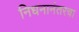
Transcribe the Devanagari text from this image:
निधनानंतरचा